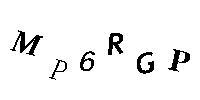
MP6RGP